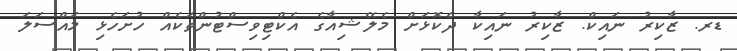
ޑރ. ޒާކިރު ނައިކް. ޒާކިރު ނައިކާ ދެކޮޅަށް މެލޭޝިއާގެ އެކްޓިވިސްޓުންތަކެއް ހުށަހެޅި މައްސަލަ